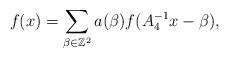
LaTeX: \begin{align*} f(x) = \sum_{\beta \in \mathbb{Z}^2} a(\beta) f(A^{-1}_4 x - \beta),\end{align*}